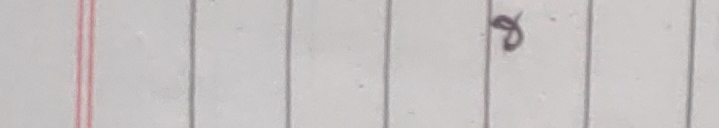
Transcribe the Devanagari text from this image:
९